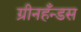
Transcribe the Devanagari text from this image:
ग्रीनहँन्डस